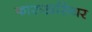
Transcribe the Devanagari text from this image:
फारुखसियर